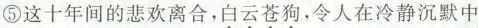
⑤这十年间的悲欢离合，\underset{·}{白}\underset{·}{云}\underset{·}{苍}\underset{·}{狗}，令人在冷静沉默中